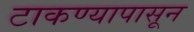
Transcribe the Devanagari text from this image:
टाकण्यापासून